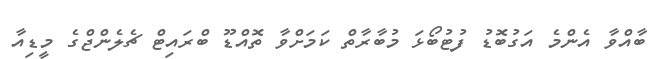
ބާއްވާ އެންމެ އަގުބޮޑު ފުޓުބޯޅަ މުބާރާތް ކަމަށްވާ ތޮއްޑޫ ބްރައިޓް ޗެލެންޖްގެ މީޑިއާ